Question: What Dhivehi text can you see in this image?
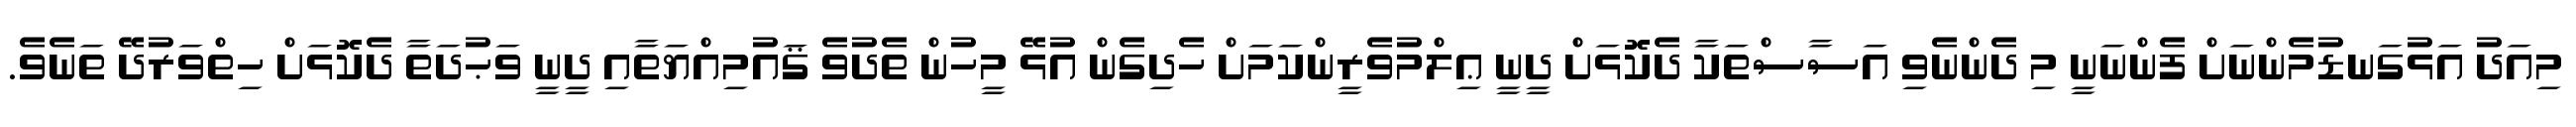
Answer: މިއަދު އަޅުގަނޑުމެންނަށް ފެންނަނީ މި ދެންނެވި އަސާސްތަކާ ދެކޮޅަށް ދީނީ ޢިލްމުވެރީންކަމަށް ހެދިގެން އުޅޭ މީހުން ތެދުވެ ޤައުމިއްޔަތާއި ދީނީ ވަޙުދަތާ ދެކޮޅަށް ހިތްވަރުދޭ ތަނެވެ.